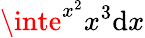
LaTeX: \inte^{x^{2}}x^{3}\mathrm{d}x